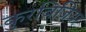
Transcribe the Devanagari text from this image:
कुरबिजियर